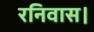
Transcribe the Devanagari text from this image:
रनिवास।